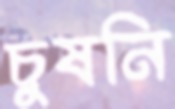
চুষনি